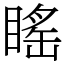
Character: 䁘